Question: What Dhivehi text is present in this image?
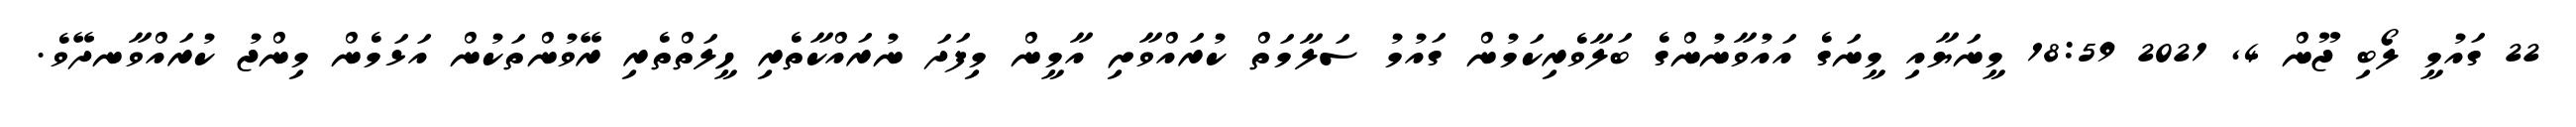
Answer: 22 ގައުމީ ލޯބި ޖޫން 4, 2021 18:59 މީނަޔާއި މީނަގެ އައުވާނުންގެ ބަލާވެރިކަމުން ގައުމު ސަލާމަތް ކުރައްވާށި އާމީން މިފަދަ ނުރައްކާތެރި ހީލަތްތެރި ރޭވުންތަކުން އަޅަމެން މިންޖު ކުރައްވާނދޭވެ.